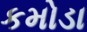
કમોડા